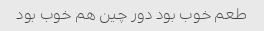
طعم خوب بود دور چین هم خوب بود